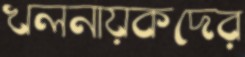
খলনায়কদের